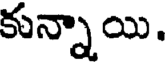
కున్నాయి.